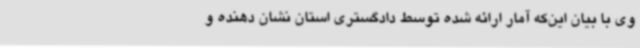
وی با بیان این‌که آمار ارائه شده توسط دادگستری استان نشان دهنده و